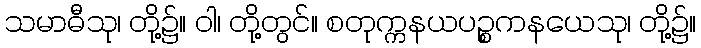
သမာဓီသု၊ တို့၌။ ဝါ၊ တို့တွင်။ စတုက္ကနယပဉ္စကနယေသု၊ တို့၌။